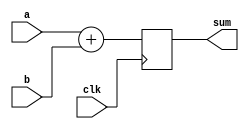
`timescale 1ns / 1ps
//////////////////////////////////////////////////////////////////////////////////
// Company: 
// Engineer: 
// 
// Design Name: 
// Module Name: ADDER
// Project Name: 
// Target Devices: 
// Tool Versions: 
// Description: 
// 
// Dependencies: 
// 
// Revision:
// Revision 0.01 - File Created
// Additional Comments:
// 
//////////////////////////////////////////////////////////////////////////////////


module ADDER(a, b, clk, sum);
    input [31:0] a;
    input [31:0] b;
    input clk;
    output reg [31:0] sum=0;
    
    always@(posedge clk)
    begin
        sum = a + b;
    end
endmodule